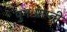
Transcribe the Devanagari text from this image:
पुनःप्राप्ती